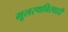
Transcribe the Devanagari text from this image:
मूलस्थविरवादी